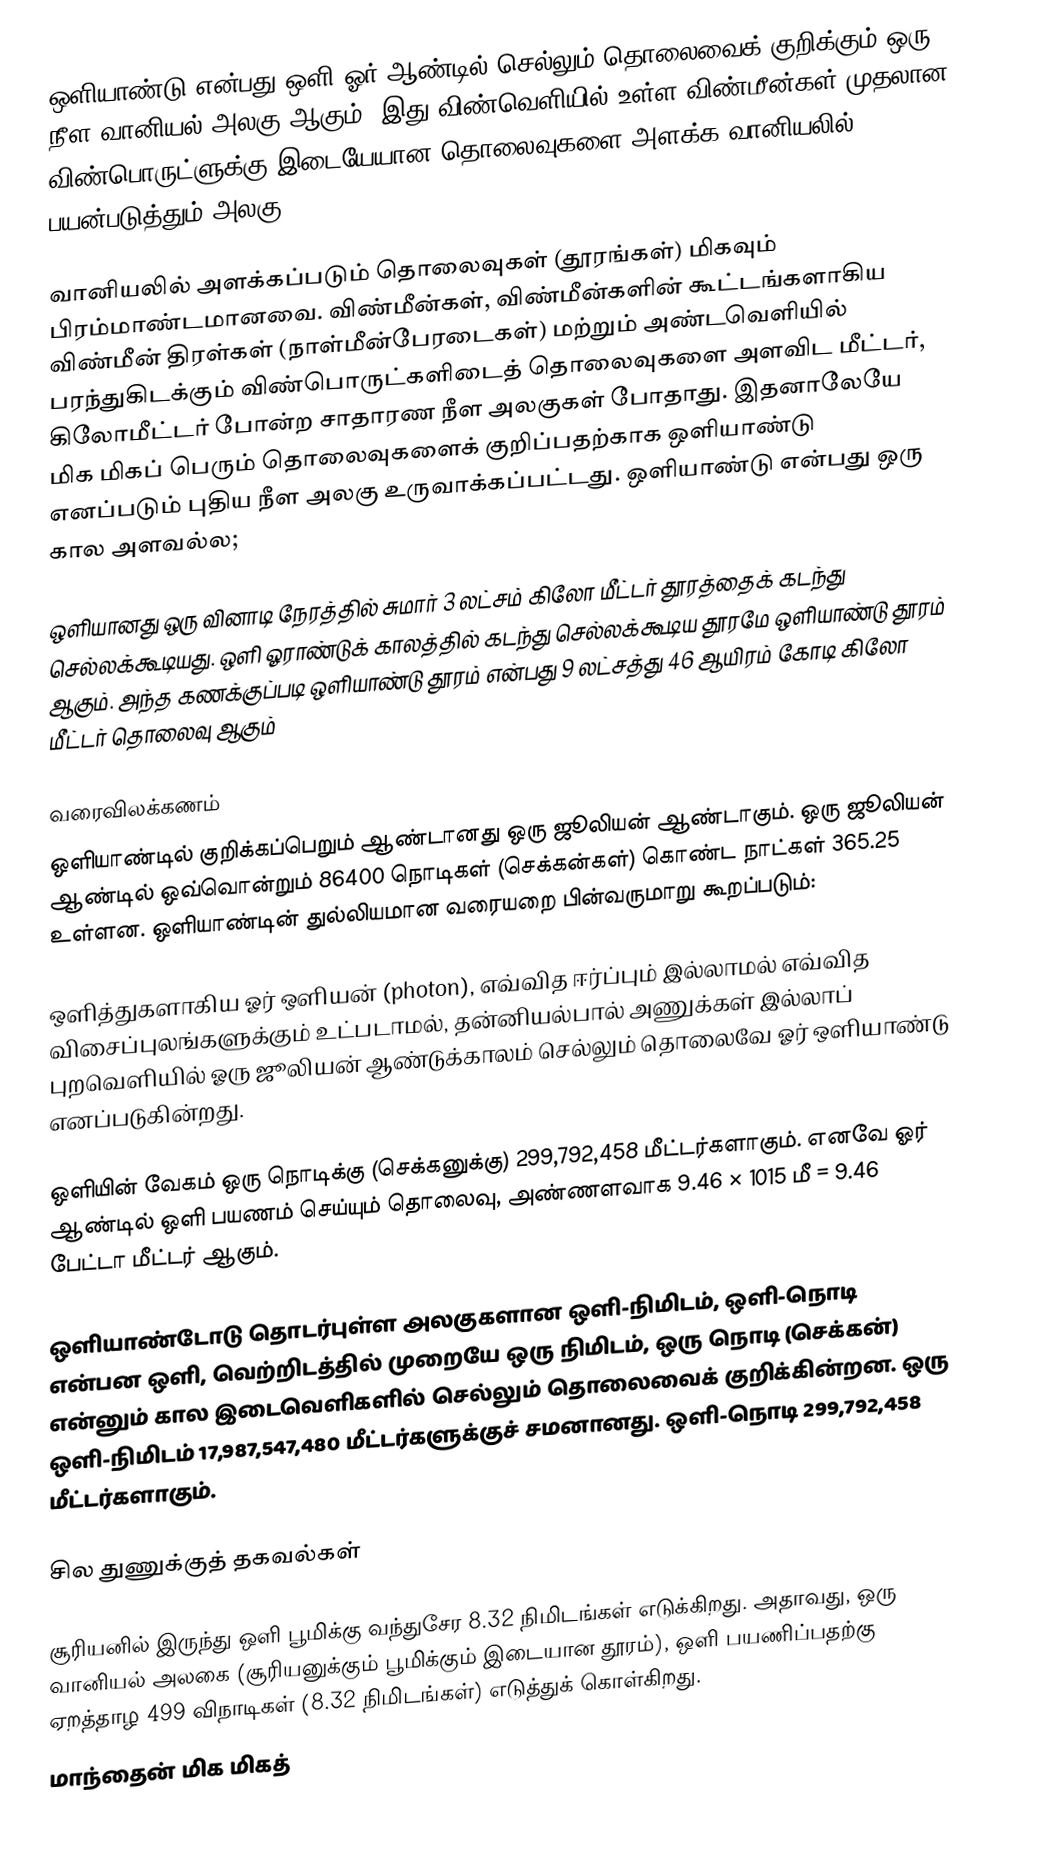
ஒளியாண்டு என்பது ஒளி ஓர் ஆண்டில் செல்லும் தொலைவைக் குறிக்கும் ஒரு நீள வானியல் அலகு ஆகும். இது விண்வெளியில் உள்ள விண்மீன்கள் முதலான விண்பொருட்ளுக்கு இடையேயான தொலைவுகளை அளக்க வானியலில் பயன்படுத்தும் அலகு.

வானியலில் அளக்கப்படும் தொலைவுகள் (தூரங்கள்) மிகவும் பிரம்மாண்டமானவை. விண்மீன்கள், விண்மீன்களின் கூட்டங்களாகிய விண்மீன் திரள்கள் (நாள்மீன்பேரடைகள்) மற்றும் அண்டவெளியில் பரந்துகிடக்கும் விண்பொருட்களிடைத் தொலைவுகளை அளவிட மீட்டர், கிலோமீட்டர் போன்ற சாதாரண நீள அலகுகள் போதாது. இதனாலேயே மிக மிகப் பெரும் தொலைவுகளைக் குறிப்பதற்காக ஒளியாண்டு எனப்படும் புதிய நீள அலகு உருவாக்கப்பட்டது. ஒளியாண்டு என்பது ஒரு கால அளவல்ல;

ஒளியானது ஒரு வினாடி நேரத்தில் சுமார் 3 லட்சம் கிலோ மீட்டர் தூரத்தைக் கடந்து செல்லக்கூடியது. ஒளி ஓராண்டுக் காலத்தில் கடந்து செல்லக்கூடிய தூரமே ஒளியாண்டு தூரம் ஆகும். அந்த கணக்குப்படி ஒளியாண்டு தூரம் என்பது 9 லட்சத்து 46 ஆயிரம் கோடி  கிலோ மீட்டர் தொலைவு ஆகும்

வரைவிலக்கணம்
ஒளியாண்டில் குறிக்கப்பெறும் ஆண்டானது ஒரு ஜூலியன் ஆண்டாகும். ஒரு ஜூலியன் ஆண்டில் ஒவ்வொன்றும் 86400 நொடிகள் (செக்கன்கள்) கொண்ட நாட்கள் 365.25 உள்ளன. ஒளியாண்டின் துல்லியமான வரையறை பின்வருமாறு கூறப்படும்:

ஒளித்துகளாகிய ஓர் ஒளியன் (photon), எவ்வித ஈர்ப்பும் இல்லாமல் எவ்வித விசைப்புலங்களுக்கும் உட்படாமல், தன்னியல்பால் அணுக்கள் இல்லாப் புறவெளியில் ஓரு ஜூலியன் ஆண்டுக்காலம் செல்லும் தொலைவே ஓர் ஒளியாண்டு எனப்படுகின்றது.

ஒளியின் வேகம் ஒரு நொடிக்கு (செக்கனுக்கு) 299,792,458 மீட்டர்களாகும். எனவே ஓர் ஆண்டில் ஒளி பயணம் செய்யும் தொலைவு, அண்ணளவாக 9.46 × 1015 மீ = 9.46 பேட்டா மீட்டர் ஆகும்.

ஒளியாண்டோடு தொடர்புள்ள அலகுகளான ஒளி-நிமிடம், ஒளி-நொடி என்பன ஒளி, வெற்றிடத்தில் முறையே ஒரு நிமிடம், ஒரு நொடி (செக்கன்) என்னும் கால இடைவெளிகளில் செல்லும் தொலைவைக் குறிக்கின்றன. ஒரு ஒளி-நிமிடம் 17,987,547,480 மீட்டர்களுக்குச் சமனானது. ஒளி-நொடி 299,792,458 மீட்டர்களாகும்.

சில துணுக்குத் தகவல்கள்

 சூரியனில் இருந்து ஒளி பூமிக்கு வந்துசேர 8.32 நிமிடங்கள் எடுக்கிறது. அதாவது, ஒரு வானியல் அலகை (சூரியனுக்கும் பூமிக்கும் இடையான தூரம்), ஒளி பயணிப்பதற்கு ஏறத்தாழ 499 விநாடிகள் (8.32 நிமிடங்கள்) எடுத்துக் கொள்கிறது.
 மாந்தைன் மிக மிகத்